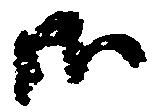
御